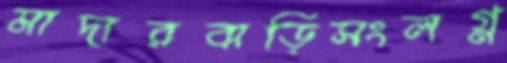
মাদারবাড়িসংলগ্ন